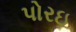
પોરઇ